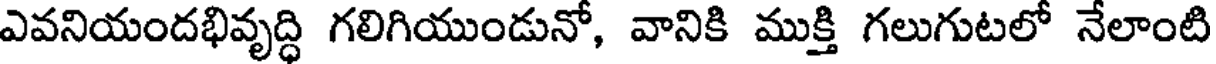
ఎవనియందభివృద్ధి గలిగియుండునో, వానికి ముక్తి గలుగుటలో నేలాంటి